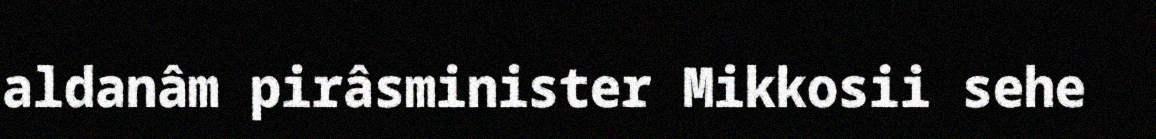
aldanâm pirâsminister Mikkosii sehe